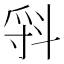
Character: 𣁷